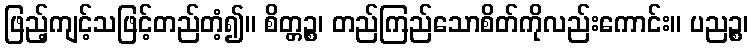
ဖြည့်ကျင့်သဖြင့်တည်တံ့၍။ စိတ္တဉ္စ၊ တည်ကြည်သောစိတ်ကိုလည်းကောင်း။ ပညဉ္စ၊